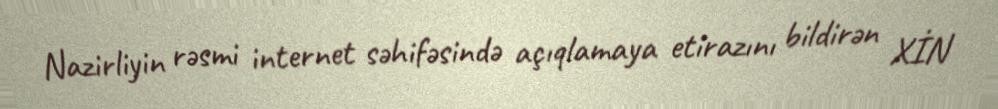
Nazirliyin rəsmi internet səhifəsində açıqlamaya etirazını bildirən XİN